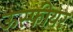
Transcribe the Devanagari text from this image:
ऊस्फीयर